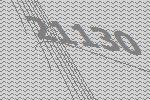
21130